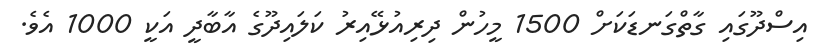
އިސްދޫގައި ގާތްގަނޑަކަށް 1500 މީހުން ދިރިއުޅޭއިރު ކަލައިދޫގެ އާބާދީ އަކީ 1000 އެވެ.